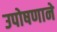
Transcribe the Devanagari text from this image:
उपोषणाने